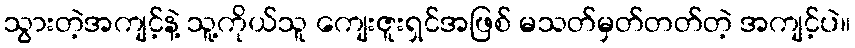
သွားတဲ့အကျင့်နဲ့ သူ့ကိုယ်သူ ကျေးဇူးရှင်အဖြစ် မသတ်မှတ်တတ်တဲ့ အကျင့်ပဲ။